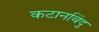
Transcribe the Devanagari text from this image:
कटानबिंदु